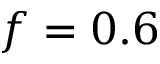
f = 0 . 6